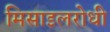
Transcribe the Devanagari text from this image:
मिसाइलरोधी